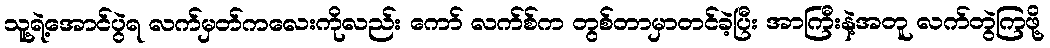
သူ့ရဲ့အောင်ပွဲရ လက်မှတ်ကလေးကိုလည်း ကော် လက်စ်က တွစ်တာမှာတင်ခဲ့ပြီး အာကြီးနဲ့အတူ လက်တွဲကြဖို့